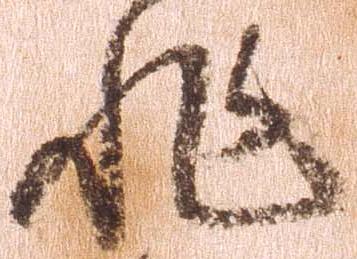
非